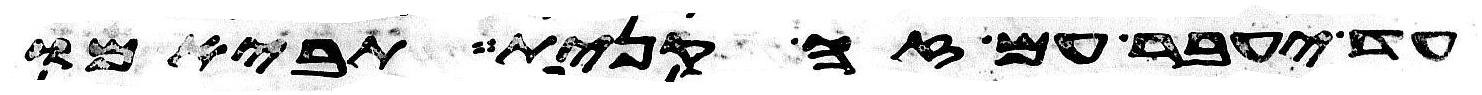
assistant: עד יעבר עם זה קנית תביאמו